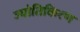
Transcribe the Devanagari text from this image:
ज्योतिकिरण